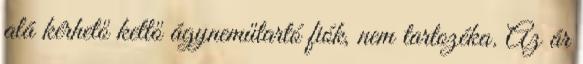
alá kérhető kettő ágyneműtartó fiók, nem tartozéka. Az ár